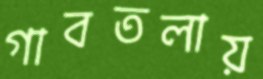
গাবতলায়